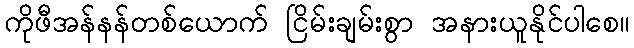
ကိုဖီအန်နန်တစ်ယောက် ငြိမ်းချမ်းစွာ အနားယူနိုင်ပါစေ။